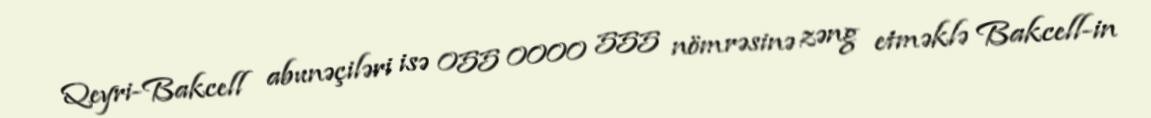
Qeyri-Bakcell abunəçiləri isə 055 0000 555 nömrəsinə zəng etməklə Bakcell-in